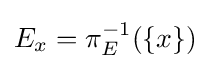
E_{x}=\pi _{E}^{-1}(\{x\})